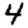
Digit: 4